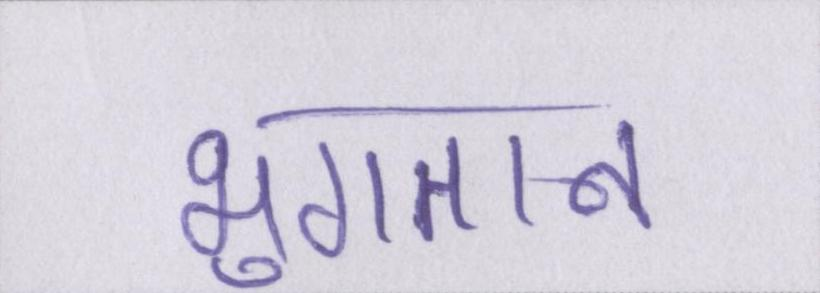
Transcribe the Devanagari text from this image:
भुगतान